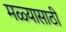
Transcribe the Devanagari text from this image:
मळ्यासाठी